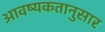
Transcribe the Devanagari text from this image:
आवष्यकतानुसार